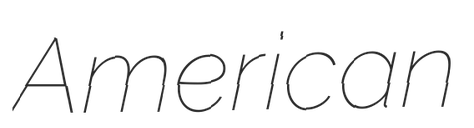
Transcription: American